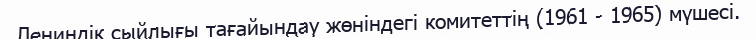
Лениндік сыйлығы тағайындау жөніндегі комитеттің (1961 - 1965) мүшесі.